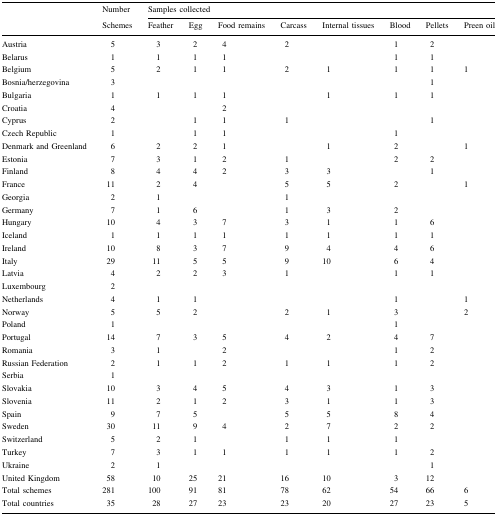
<table><thead><tr><td rowspan="2"></td><td><b>Number</b></td><td colspan="8"><b>Samples collected</b></td></tr><tr><td><b>Schemes</b></td><td><b>Feather</b></td><td><b>Egg</b></td><td><b>Food remains</b></td><td><b>Carcass</b></td><td><b>Internal tissues</b></td><td><b>Blood</b></td><td><b>Pellets</b></td><td><b>Preen oil</b></td></tr></thead><tbody><tr><td>Austria</td><td>5</td><td>3</td><td>2</td><td>4</td><td>2</td><td></td><td>1</td><td>2</td><td></td></tr><tr><td>Belarus</td><td>1</td><td>1</td><td>1</td><td>1</td><td></td><td></td><td>1</td><td>1</td><td></td></tr><tr><td>Belgium</td><td>5</td><td>2</td><td>1</td><td>1</td><td>2</td><td>1</td><td>1</td><td>1</td><td>1</td></tr><tr><td>Bosnia/herzegovina</td><td>3</td><td></td><td></td><td></td><td></td><td></td><td></td><td>1</td><td></td></tr><tr><td>Bulgaria</td><td>1</td><td>1</td><td>1</td><td>1</td><td></td><td>1</td><td>1</td><td>1</td><td></td></tr><tr><td>Croatia</td><td>4</td><td></td><td></td><td>2</td><td></td><td></td><td></td><td></td><td></td></tr><tr><td>Cyprus</td><td>2</td><td></td><td>1</td><td>1</td><td>1</td><td></td><td></td><td>1</td><td></td></tr><tr><td>Czech Republic</td><td>1</td><td></td><td>1</td><td>1</td><td></td><td></td><td>1</td><td></td><td></td></tr><tr><td>Denmark and Greenland</td><td>6</td><td>2</td><td>2</td><td>1</td><td></td><td>1</td><td>2</td><td></td><td>1</td></tr><tr><td>Estonia</td><td>7</td><td>3</td><td>1</td><td>2</td><td>1</td><td></td><td>2</td><td>2</td><td></td></tr><tr><td>Finland</td><td>8</td><td>4</td><td>4</td><td>2</td><td>3</td><td>3</td><td></td><td>1</td><td></td></tr><tr><td>France</td><td>11</td><td>2</td><td>4</td><td></td><td>5</td><td>5</td><td>2</td><td></td><td>1</td></tr><tr><td>Georgia</td><td>2</td><td>1</td><td></td><td></td><td>1</td><td></td><td></td><td></td><td></td></tr><tr><td>Germany</td><td>7</td><td>1</td><td>6</td><td></td><td>1</td><td>3</td><td>2</td><td></td><td></td></tr><tr><td>Hungary</td><td>10</td><td>4</td><td>3</td><td>7</td><td>3</td><td>1</td><td>1</td><td>6</td><td></td></tr><tr><td>Iceland</td><td>1</td><td>1</td><td>1</td><td>1</td><td>1</td><td>1</td><td>1</td><td>1</td><td></td></tr><tr><td>Ireland</td><td>10</td><td>8</td><td>3</td><td>7</td><td>9</td><td>4</td><td>4</td><td>6</td><td></td></tr><tr><td>Italy</td><td>29</td><td>11</td><td>5</td><td>5</td><td>9</td><td>10</td><td>6</td><td>4</td><td></td></tr><tr><td>Latvia</td><td>4</td><td>2</td><td>2</td><td>3</td><td>1</td><td></td><td>1</td><td>1</td><td></td></tr><tr><td>Luxembourg</td><td>2</td><td></td><td></td><td></td><td></td><td></td><td></td><td></td><td></td></tr><tr><td>Netherlands</td><td>4</td><td>1</td><td>1</td><td></td><td></td><td></td><td>1</td><td></td><td>1</td></tr><tr><td>Norway</td><td>5</td><td>5</td><td>2</td><td></td><td>2</td><td>1</td><td>3</td><td></td><td>2</td></tr><tr><td>Poland</td><td>1</td><td></td><td></td><td></td><td></td><td></td><td>1</td><td></td><td></td></tr><tr><td>Portugal</td><td>14</td><td>7</td><td>3</td><td>5</td><td>4</td><td>2</td><td>4</td><td>7</td><td></td></tr><tr><td>Romania</td><td>3</td><td>1</td><td></td><td>2</td><td></td><td></td><td>1</td><td>2</td><td></td></tr><tr><td>Russian Federation</td><td>2</td><td>1</td><td>1</td><td>2</td><td>1</td><td>1</td><td>1</td><td>2</td><td></td></tr><tr><td>Serbia</td><td>1</td><td></td><td></td><td></td><td></td><td></td><td></td><td></td><td></td></tr><tr><td>Slovakia</td><td>10</td><td>3</td><td>4</td><td>5</td><td>4</td><td>3</td><td>1</td><td>3</td><td></td></tr><tr><td>Slovenia</td><td>11</td><td>2</td><td>1</td><td>2</td><td>3</td><td>1</td><td>1</td><td>3</td><td></td></tr><tr><td>Spain</td><td>9</td><td>7</td><td>5</td><td></td><td>5</td><td>5</td><td>8</td><td>4</td><td></td></tr><tr><td>Sweden</td><td>30</td><td>11</td><td>9</td><td>4</td><td>2</td><td>7</td><td>2</td><td>2</td><td></td></tr><tr><td>Switzerland</td><td>5</td><td>2</td><td>1</td><td></td><td>1</td><td>1</td><td>1</td><td></td><td></td></tr><tr><td>Turkey</td><td>7</td><td>3</td><td>1</td><td>1</td><td>1</td><td>1</td><td>1</td><td>2</td><td></td></tr><tr><td>Ukraine</td><td>2</td><td>1</td><td></td><td></td><td></td><td></td><td></td><td>1</td><td></td></tr><tr><td>United Kingdom</td><td>58</td><td>10</td><td>25</td><td>21</td><td>16</td><td>10</td><td>3</td><td>12</td><td></td></tr><tr><td>Total schemes</td><td>281</td><td>100</td><td>91</td><td>81</td><td>78</td><td>62</td><td>54</td><td>66</td><td>6</td></tr><tr><td>Total countries</td><td>35</td><td>28</td><td>27</td><td>23</td><td>23</td><td>20</td><td>27</td><td>23</td><td>5</td></tr></tbody></table>